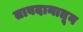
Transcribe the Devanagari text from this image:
तावदानातून